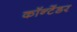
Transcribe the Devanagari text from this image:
कॉन्टेंडर